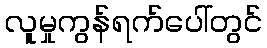
လူမှုကွန်ရက်ပေါ်တွင်